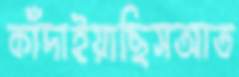
কাঁদাইয়াছিসআত